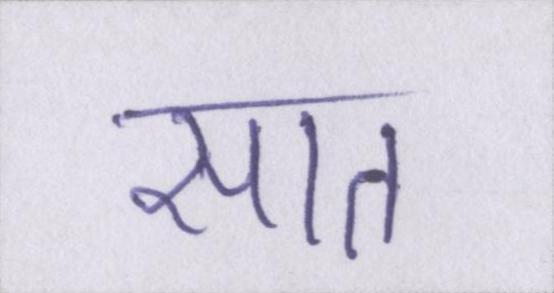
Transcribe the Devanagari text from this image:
सात